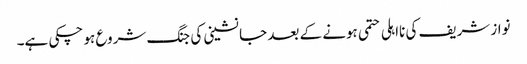
نواز شریف کی نااہلی حتمی ہونے کے بعد جانشینی کی جنگ شروع ہو چکی ہے۔